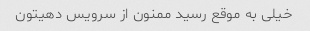
خیلى به موقع رسید ممنون از سرویس دهیتون